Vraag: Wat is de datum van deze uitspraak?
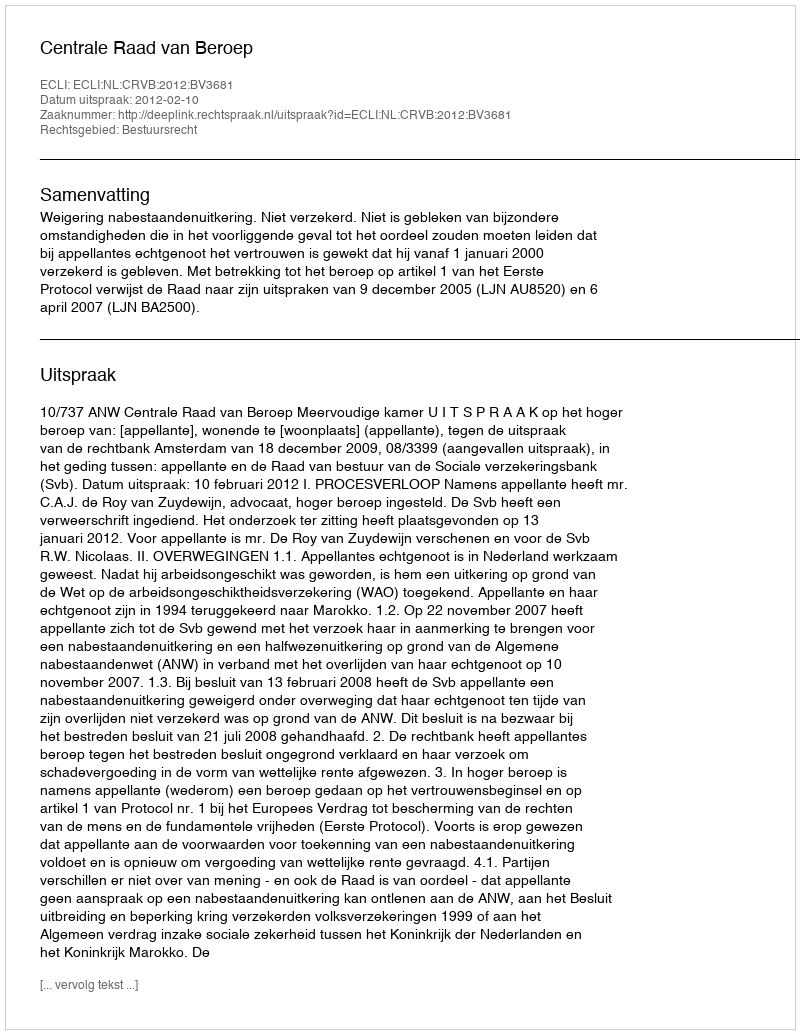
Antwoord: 2012-02-10